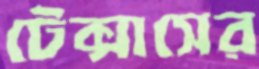
টেক্সাসের